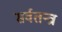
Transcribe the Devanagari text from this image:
सर्वतन्त्र